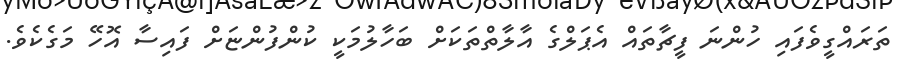
ތަރައްގީވެފައި ހުންނަ ފީޗާތައް އެޕަލްގެ އާލާތްތަކަށް ބަހާލުމަކީ ކުންފުންޏަށް ފައިސާ އޮހޭ މަގެކެވެ.